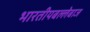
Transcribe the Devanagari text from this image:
भारतीयबल्लेबाज